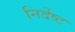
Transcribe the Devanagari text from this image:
निर्देष्ट